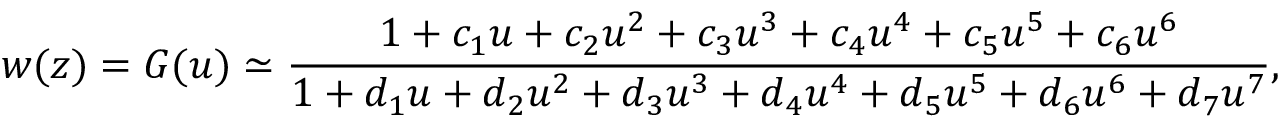
w ( z ) = G ( u ) \simeq \frac { 1 + c _ { 1 } u + c _ { 2 } u ^ { 2 } + c _ { 3 } u ^ { 3 } + c _ { 4 } u ^ { 4 } + c _ { 5 } u ^ { 5 } + c _ { 6 } u ^ { 6 } } { 1 + d _ { 1 } u + d _ { 2 } u ^ { 2 } + d _ { 3 } u ^ { 3 } + d _ { 4 } u ^ { 4 } + d _ { 5 } u ^ { 5 } + d _ { 6 } u ^ { 6 } + d _ { 7 } u ^ { 7 } } ,